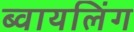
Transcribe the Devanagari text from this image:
ब्वायलिंग